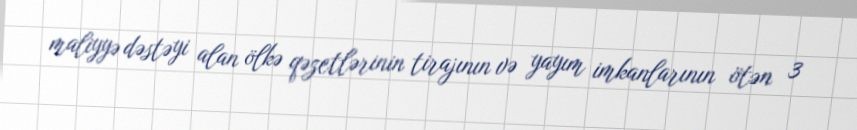
maliyyə dəstəyi alan ölkə qəzetlərinin tirajının və yayım imkanlarının ötən 3